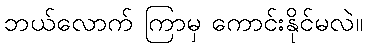
ဘယ်လောက် ကြာမှ ကောင်းနိုင်မလဲ။